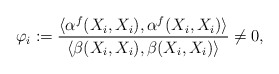
\begin{align*} \varphi_i:=\frac{\langle\alpha^f(X_i,X_i),\alpha^f(X_i,X_i)\rangle}{\langle \beta(X_i,X_i),\beta(X_i,X_i)\rangle}\neq 0,\end{align*}